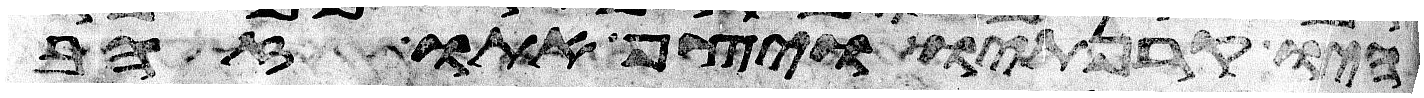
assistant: היו קרנתיו ויצף אתו זהב